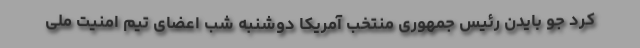
کرد جو بایدن رئیس جمهوری منتخب آمریکا دوشنبه شب اعضای تیم امنیت ملی